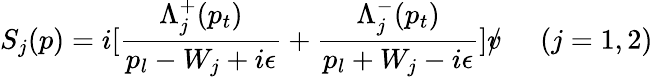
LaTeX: S_{j}(p)=i[{\frac{\Lambda_{j}^{+}(p_{t})}{p_{l}-W_{j}+i\epsilon}}+{\frac{\Lambda_{j}^{-}(p_{t})}{p_{l}+W_{j}-i\epsilon}}]\rlap/v\; \; \; \; \; (j=1,2)